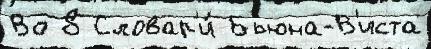
Во 8 Словар'и́ Бьюна-В'иста